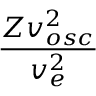
\frac { Z v _ { o s c } ^ { 2 } } { v _ { e } ^ { 2 } }